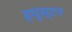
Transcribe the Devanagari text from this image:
हयूस्टन